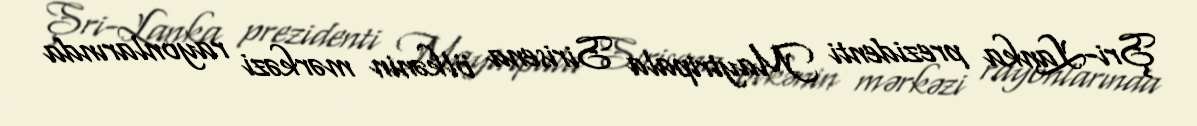
Şri-Lanka prezidenti Maytripala Sirisena ölkənin mərkəzi rayonlarında